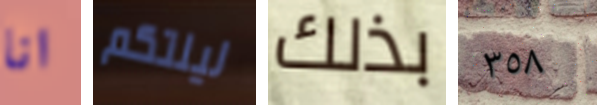
انا ليلتكم بذلك ٣٥٨